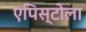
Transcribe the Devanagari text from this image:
एपिस्टोला